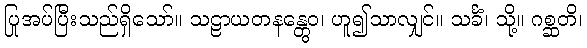
ပြုအပ်ပြီးသည်ရှိသော်။ သဠာယတနန္တွေဝ၊ ဟူ၍သာလျှင်။ သင်္ခံ၊ သို့။ ဂစ္ဆတိ၊